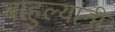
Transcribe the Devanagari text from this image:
बाहुल्यांनी